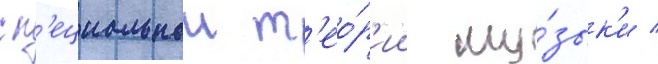
сп'ециальнои т'ео́р'ии му́зык'и /